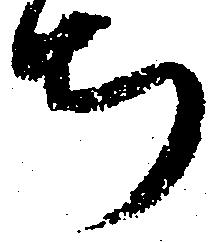
ち